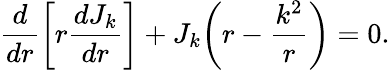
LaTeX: \frac{d}{dr}\bigg[r\frac{dJ_{k}}{dr}\bigg]+J_{k}\bigg(r-\frac{k^{2}}{r}\bigg)=0.